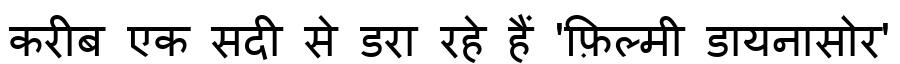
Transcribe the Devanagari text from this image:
करीब एक सदी से डरा रहे हैं 'फ़िल्मी डायनासोर'